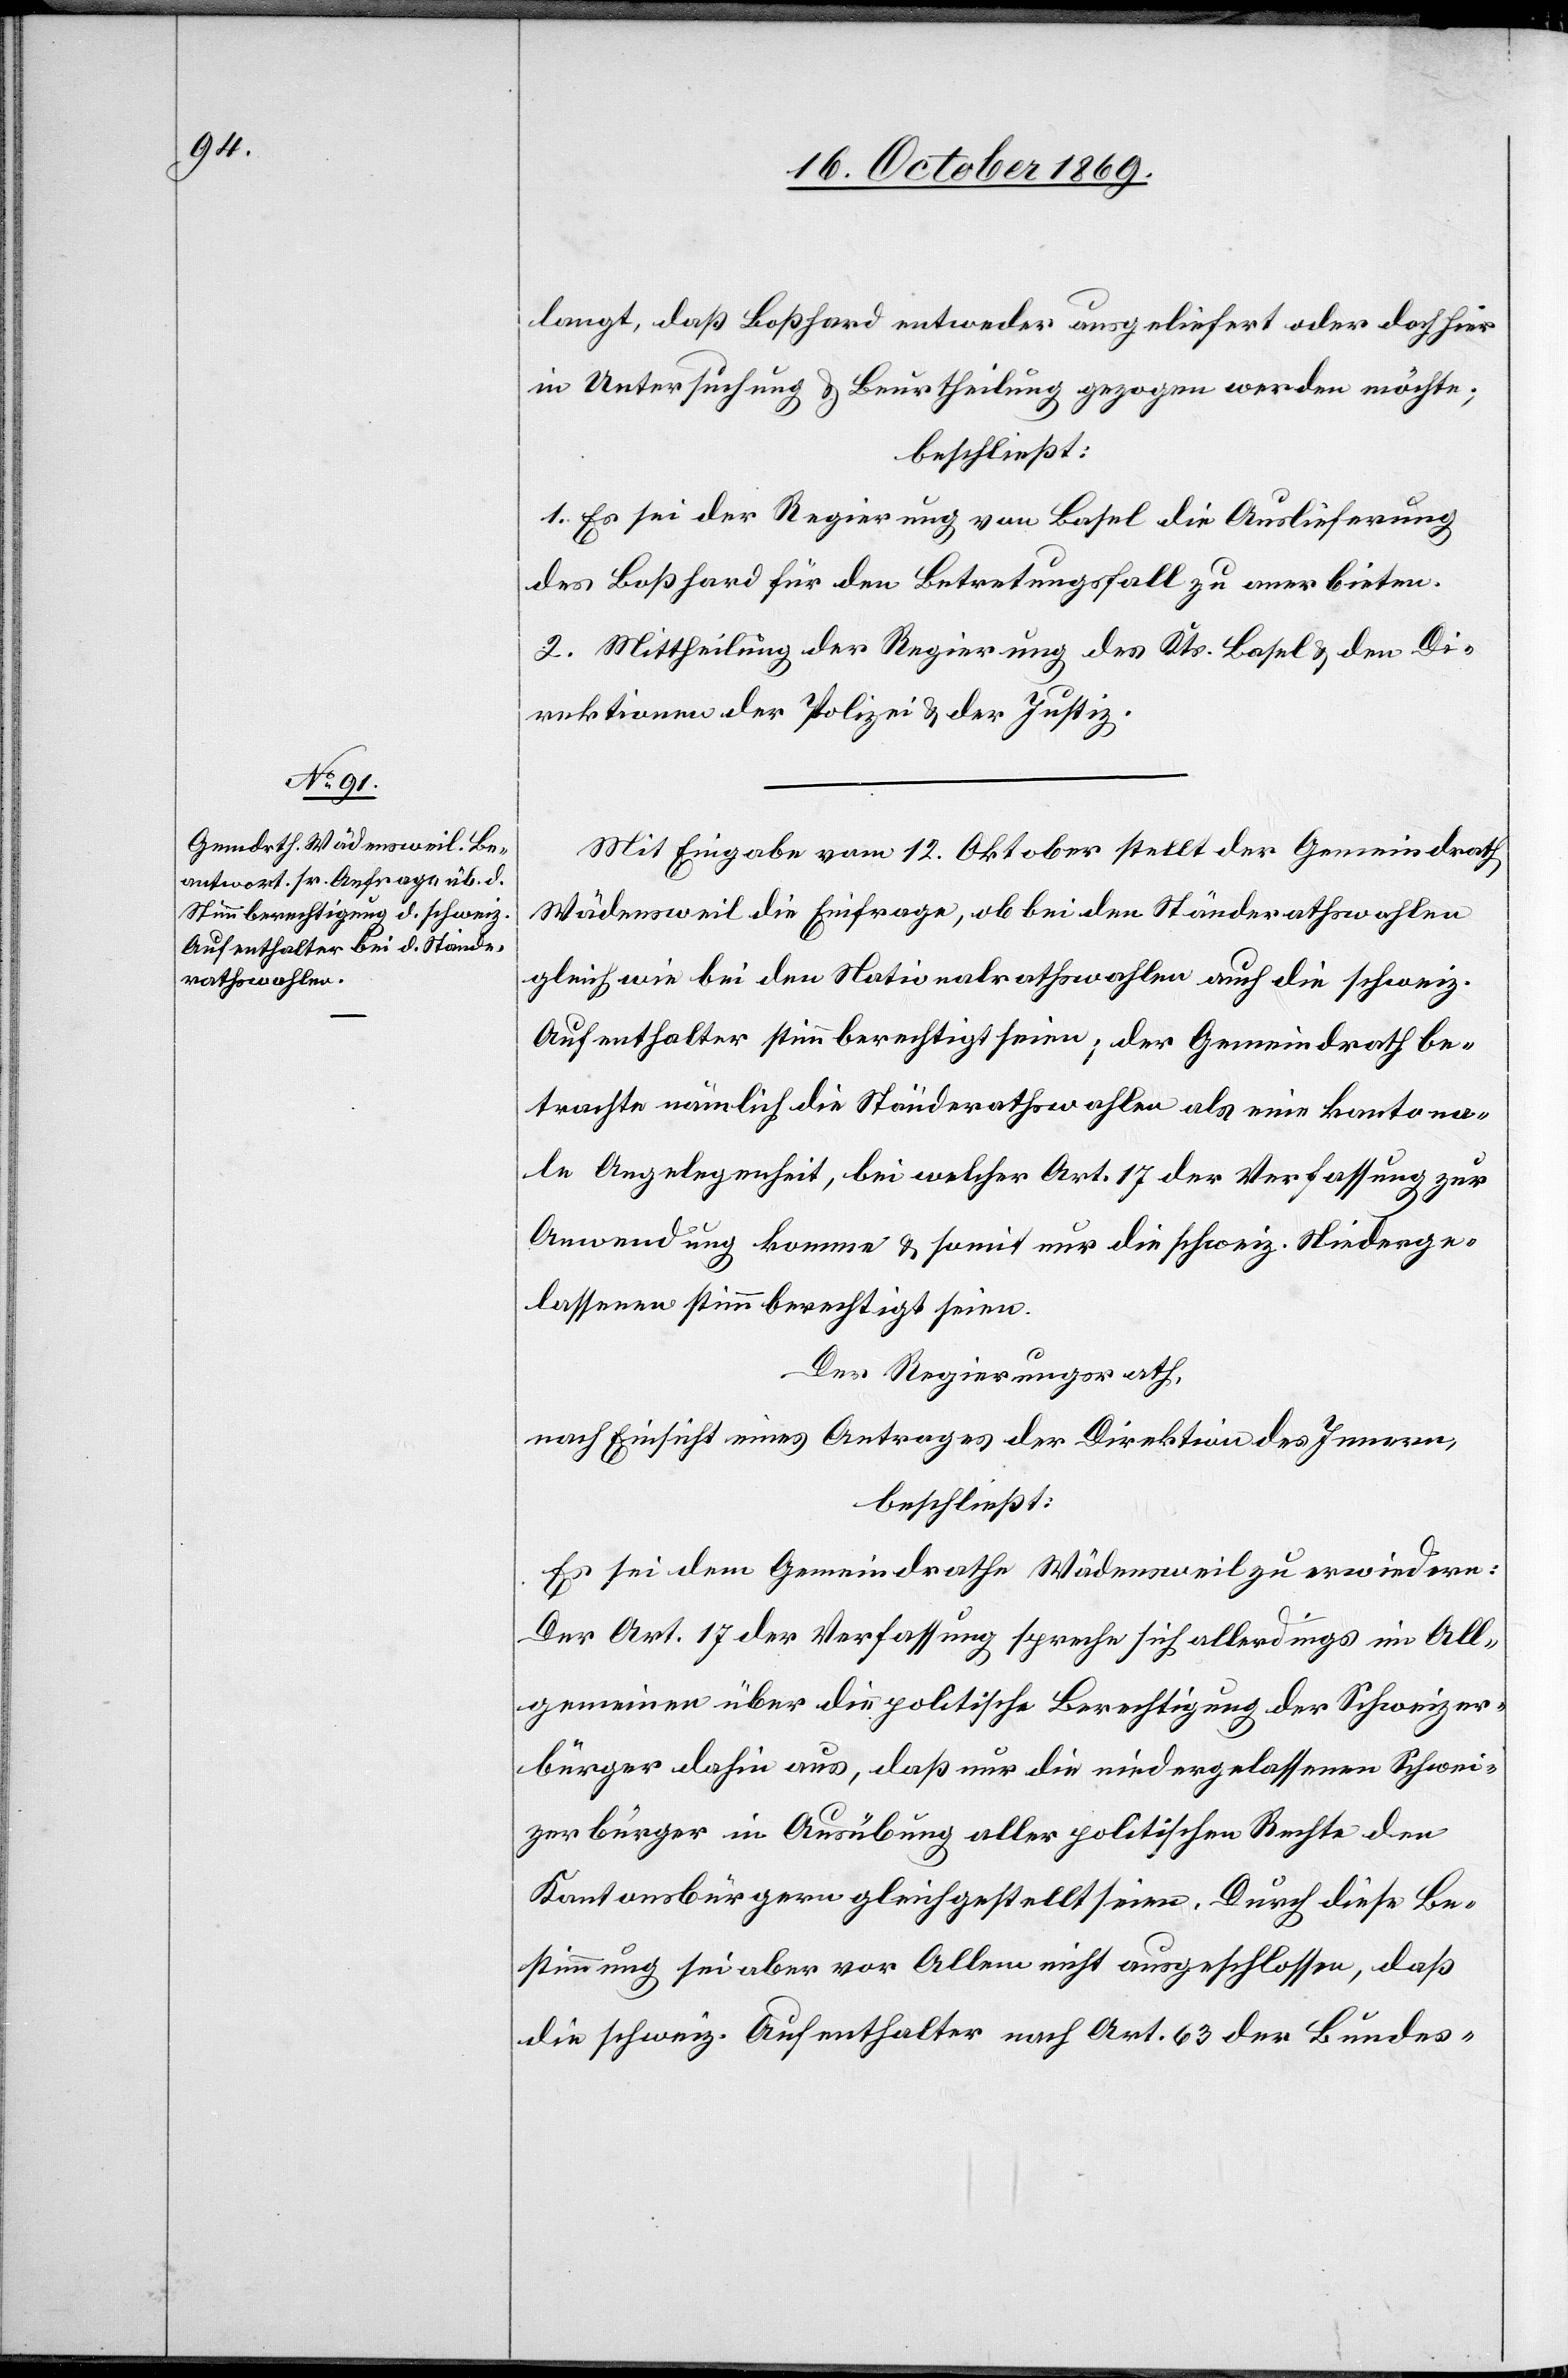
langt, daß Boßhard entweder ausgeliefert oder doch hier
in Untersuchung & Beurtheilung gezogen werden möchte;
beschließt:
1. Es sei der Regierung von Basel die Auslieferung
des Boßhard für den Betretungsfall zu anerbieten.
2. Mittheilung der Regierung des Kts. Basel & den Di¬
rektionen der Polizei & der Justiz.
Mit Eingabe vom 12. Oktober stellt der Gemeindrath
Wädensweil die Einfrage, ob bei den Ständerathswahlen
gleich wie bei den Nationalrathswahlen auch die schweiz.
Aufenthalter stimmberechtigt seien; der Gemeindrath be¬
trachte nämlich die Ständerathswahlen als eine kantona¬
le Angelegenheit, bei welcher Art. 17 der Verfassung zur
Anwendung komme & somit nur die schweiz. Niederge¬
lassenen stimmberechtigt seien.
Der Regierungsrath,
nach Einsicht eines Antrages der Direktion des Innern,
beschließt:
Es sei dem Gemeindrathe Wädensweil zu erwiedern:
Der Art. 17 der Verfassung spreche sich allerdings im All¬
gemeinen über die politische Berechtigung der Schweizer¬
bürger dahin aus, daß nur die niedergelassenen Schwei¬
zerbürger in Ausübung aller politischen Rechte den
Kantonsbürgern gleichgestellt seien. Durch diese Be¬
stimmung sei aber vor Allem nicht ausgeschlossen, daß
die schweiz. Aufenthalter nach Art. 63 der Bundes-